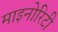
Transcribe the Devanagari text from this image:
माइनोरिटी